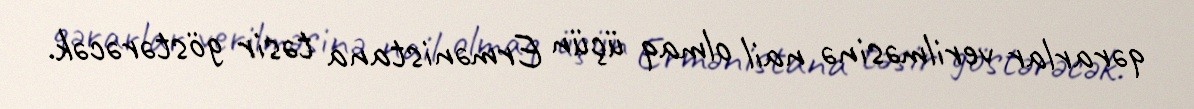
qərarlar verilməsinə nail olmaq üçün Ermənistana təsir göstərəcək.